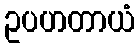
ဥပဟတာယံ